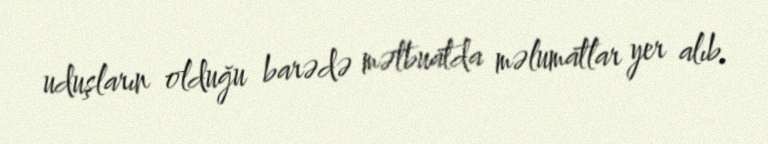
uduşların olduğu barədə mətbuatda məlumatlar yer alıb.